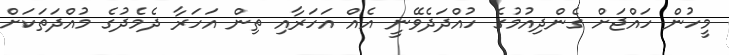
މީހުން ހައްޖަށް ގެންދިއުމުގެ ހުއްދަދެވޭނީ އެއް އަހަރާއި ތިން އަހަރާ ދެމެދުގެ މުއްދަތަކަށް